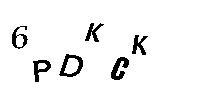
6PDKCK